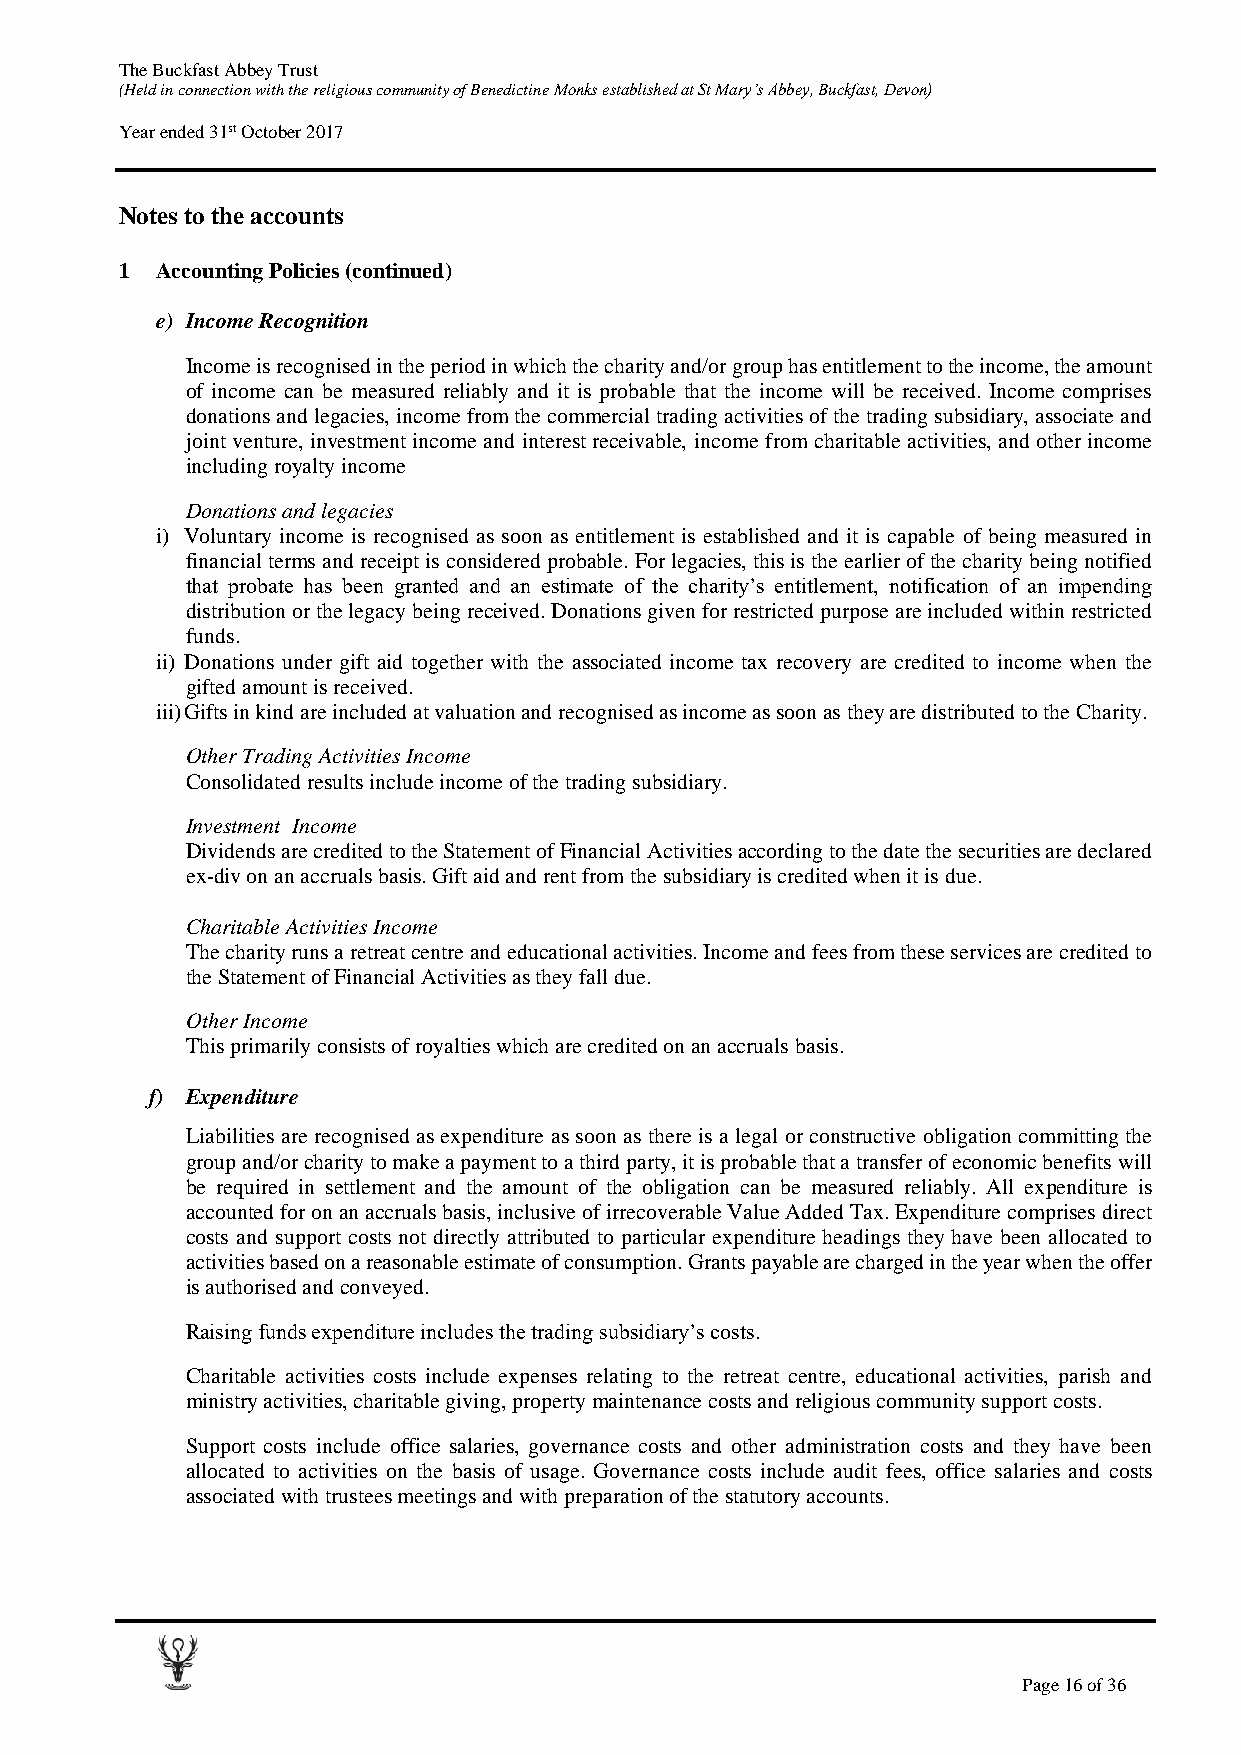
The Buckfast Abbey Trust
 (Held in connection with the religious community of Benedictine Monks established at St Mary’s Abbey, Buckfast, Devon)
 Year ended 31st October 2017
 Notes to the accounts
 1 Accounting Policies (continued)
 e) Income Recognition
 Income is recognised in the period in which the charity and/or group has entitlement to the income, the amount
 of income can be measured reliably and it is probable that the income will be received. Income comprises
 donations and legacies, income from the commercial trading activities of the trading subsidiary, associate and
 joint venture, investment income and interest receivable, income from charitable activities, and other income
 including royalty income
 Donations and legacies
 i) Voluntary income is recognised as soon as entitlement is established and it is capable of being measured in
 financial terms and receipt is considered probable. For legacies, this is the earlier of the charity being notified
 that probate has been granted and an estimate of the charity’s entitlement, notification of an impending
 distribution or the legacy being received. Donations given for restricted purpose are included within restricted
 funds.
 ii) Donations under gift aid together with the associated income tax recovery are credited to income when the
 gifted amount is received.
 iii) Gifts in kind are included at valuation and recognised as income as soon as they are distributed to the Charity.
 Other Trading Activities Income
 Consolidated results include income of the trading subsidiary.
 Investment Income
 Dividends are credited to the Statement of Financial Activities according to the date the securities are declared
 ex-div on an accruals basis. Gift aid and rent from the subsidiary is credited when it is due.
 Charitable Activities Income
 The charity runs a retreat centre and educational activities. Income and fees from these services are credited to
 the Statement of Financial Activities as they fall due.
 Other Income
 This primarily consists of royalties which are credited on an accruals basis.
 f) Expenditure
 Liabilities are recognised as expenditure as soon as there is a legal or constructive obligation committing the
 group and/or charity to make a payment to a third party, it is probable that a transfer of economic benefits will
 be required in settlement and the amount of the obligation can be measured reliably. All expenditure is
 accounted for on an accruals basis, inclusive of irrecoverable Value Added Tax. Expenditure comprises direct
 costs and support costs not directly attributed to particular expenditure headings they have been allocated to
 activities based on a reasonable estimate of consumption. Grants payable are charged in the year when the offer
 is authorised and conveyed.
 Raising funds expenditure includes the trading subsidiary’s costs.
 Charitable activities costs include expenses relating to the retreat centre, educational activities, parish and
 ministry activities, charitable giving, property maintenance costs and religious community support costs.
 Support costs include office salaries, governance costs and other administration costs and they have been
 allocated to activities on the basis of usage. Governance costs include audit fees, office salaries and costs
 associated with trustees meetings and with preparation of the statutory accounts.
 Page 16 of 36